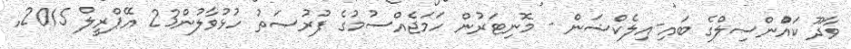
ވާދޫ ކައުްންސިލްގެ ބައި-އިލެކްޝަން - މޮނިޓަރުން ހަމަޖެއްސުމުގެ ފުރުޞަތު ހުޅުވާލުން23 އޭޕްރީލް 2015